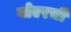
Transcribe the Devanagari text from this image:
गोएरची